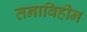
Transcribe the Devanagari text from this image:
तनाविहीन